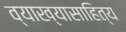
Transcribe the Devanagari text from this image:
व्याख्यासाहित्य